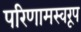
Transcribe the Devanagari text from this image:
परिणामस्वरूप